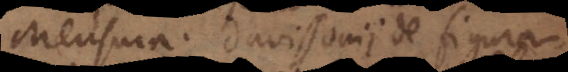
Mensura. Davissonii de figurationibus